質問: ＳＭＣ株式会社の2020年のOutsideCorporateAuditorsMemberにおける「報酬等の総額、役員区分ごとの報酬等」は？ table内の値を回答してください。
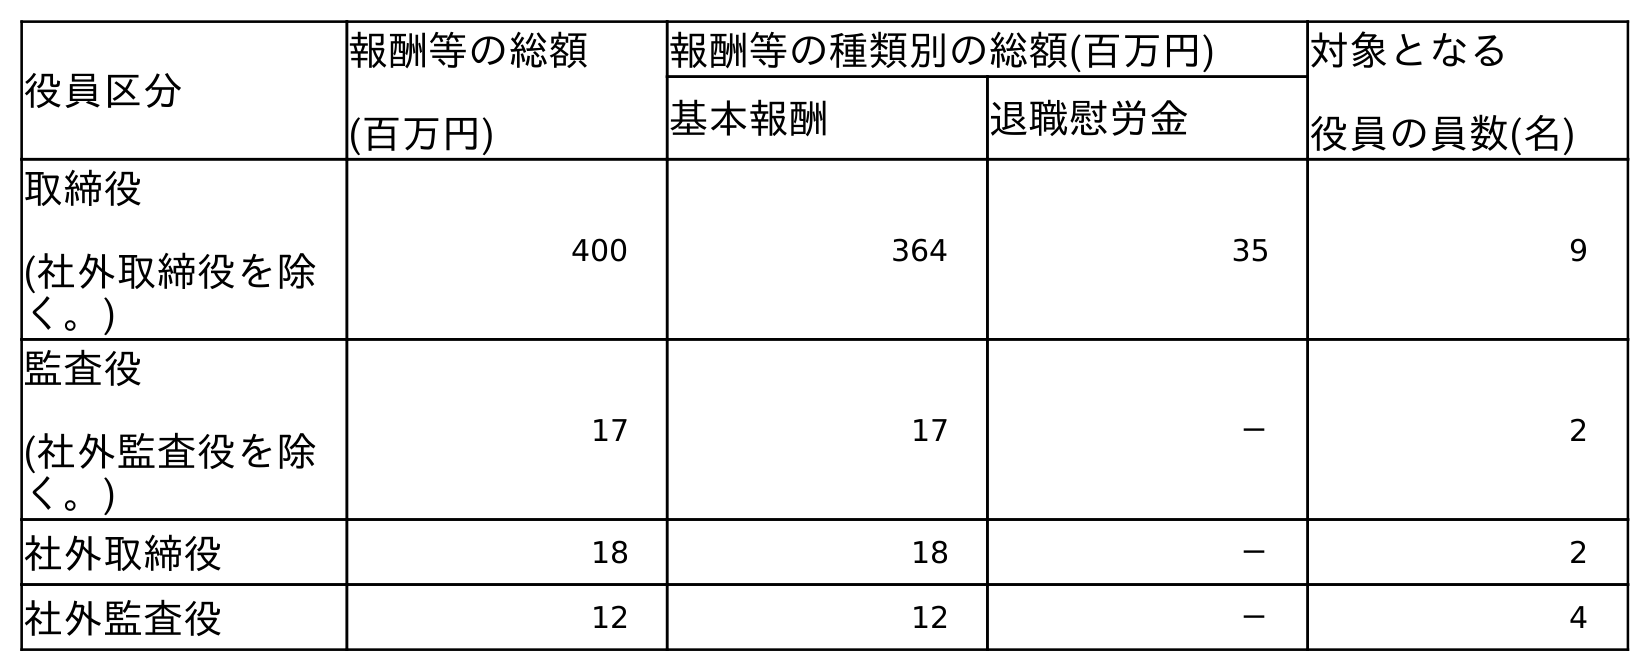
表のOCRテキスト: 役員区分 報酬等の総額 (百万円) 報酬等の種類別の総額(百万円) 対象となる 役員の員数(名) 基本報酬 退職慰労金 取締役 (社外取締役を除 く。) 400 364 35 9 監査役 (社外監査役を除 く。) 17 17 － 2 社外取締役 18 18 － 2 社外監査役 12 12 － 4
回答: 12